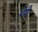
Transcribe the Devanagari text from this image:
भेणे